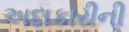
અદાકારીની